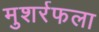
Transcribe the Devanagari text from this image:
मुशर्रफला